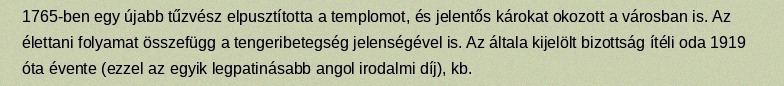
1765-ben egy újabb tűzvész elpusztította a templomot, és jelentős károkat okozott a városban is. Az élettani folyamat összefügg a tengeribetegség jelenségével is. Az általa kijelölt bizottság ítéli oda 1919 óta évente (ezzel az egyik legpatinásabb angol irodalmi díj), kb.